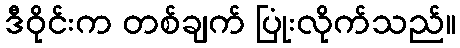
ဒီဝိုင်းက တစ်ချက် ပြုံးလိုက်သည်။